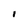
Character: i